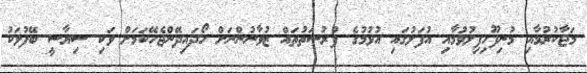
މަޖާކުރުމާއި މުނިފޫހިފިލުވުމާއި އުފަލުގައި އުޅުމުގެ ފުރުސަތުތައް ޒުވާނުންނަށް ހޯދައިދޭންޖެހޭކަމަށް ވަކި ސިޔާސީ ބޭފުޅަކު